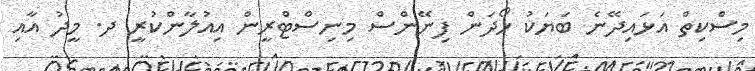
މިސްކިތް އަޅައިދޭނެ ބަޔަކު ހޯދަން ފިނޭންސް މިނިސްޓްރީން އިއުލާންކުރީ ދ. މީދު އާއި